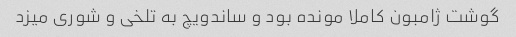
گوشت ژامبون کاملا مونده بود و ساندویچ به تلخی و شوری میزد